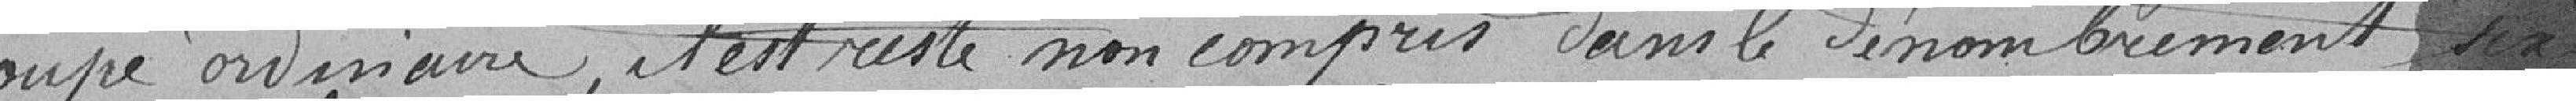
coupe ordinaire, il est resté non compris dans le dénombrement